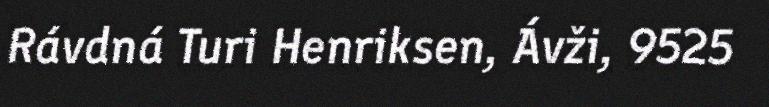
Rávdná Turi Henriksen, Ávži, 9525